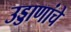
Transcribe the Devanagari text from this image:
उड्डाणांचे